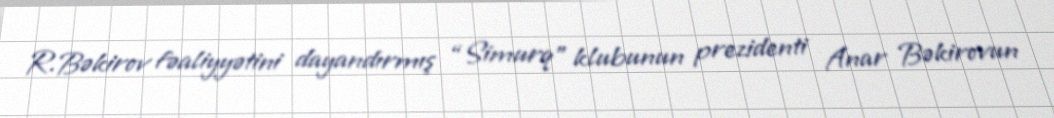
R.Bəkirov fəaliyyətini dayandırmış “Simurq” klubunun prezidenti Anar Bəkirovun